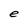
Character: e